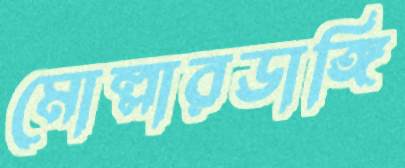
মোল্লারডাঙ্গি